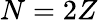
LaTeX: N=2Z